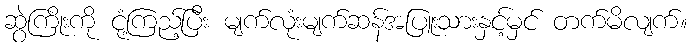
ဆွဲကြိုးကို ငုံ့ကြည့်ပြီး မျက်လုံးမျက်ဆန်အပြူးသားနှင့်မှင် တက်မိလျက်။